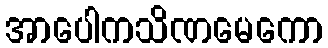
အာပေါကသိဏမေကော